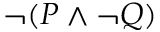
\neg ( P \land \neg Q )